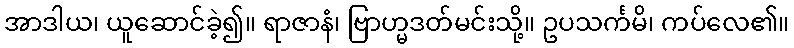
အာဒါယ၊ ယူဆောင်ခဲ့၍။ ရာဇာနံ၊ ဗြာဟ္မဒတ်မင်းသို့။ ဥပသင်္ကမိ၊ ကပ်လေ၏။